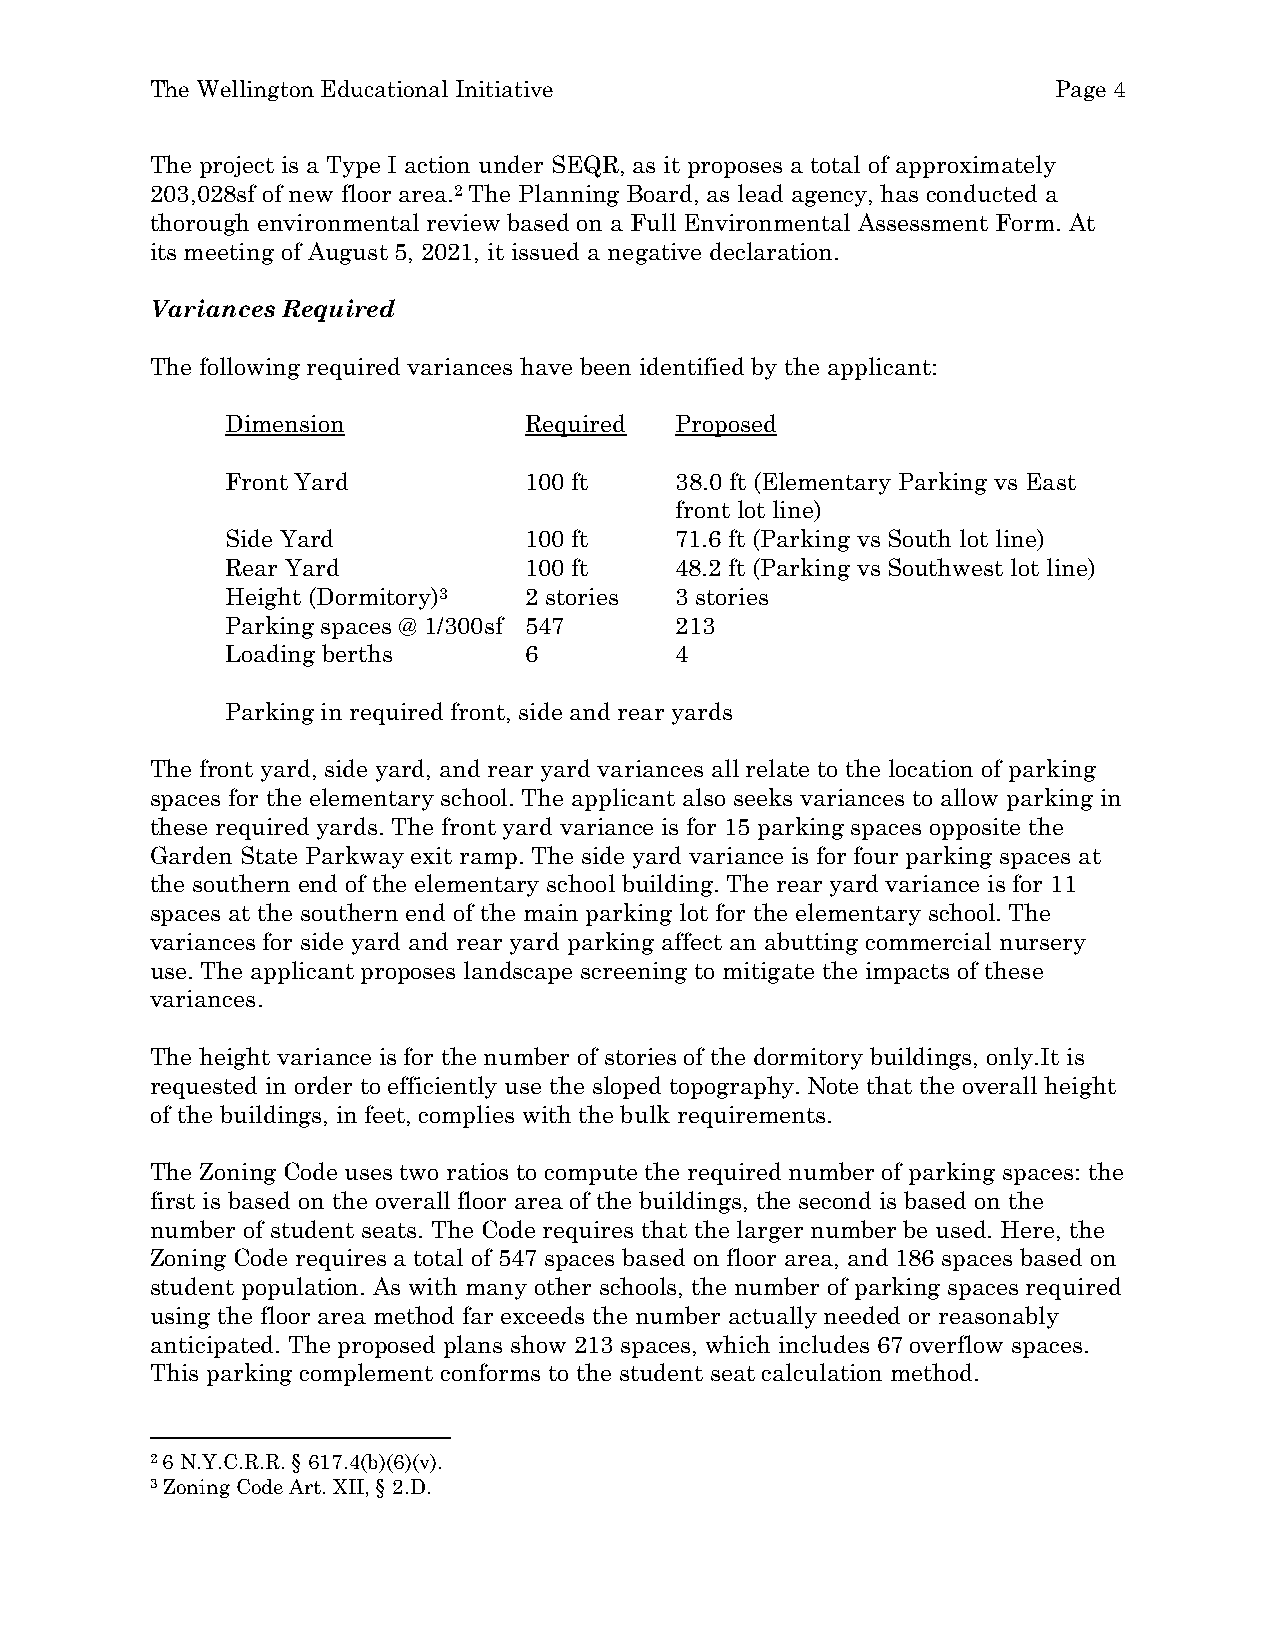
The Wellington Educational Initiative                       Page 4
 The project is a Type I action under SEQR, as it proposes a total of approximately
 203,028sf of new floor area.2 The Planning Board, as lead agency, has conducted a
 thorough environmental review based on a Full Environmental Assessment Form. At
 its meeting of August 5, 2021, it issued a negative declaration.
 Variances Required
 The following required variances have been identified by the applicant:
 Dimension           Required  Proposed
 Front Yard          100 ft    38.0 ft (Elementary Parking vs East
 front lot line)
 Side Yard           100 ft    71.6 ft (Parking vs South lot line)
 Rear Yard           100 ft    48.2 ft (Parking vs Southwest lot line)
 Height (Dormitory)3 2 stories 3 stories
 Parking spaces @ 1/300sf 547  213
 Loading berths      6         4
 Parking in required front, side and rear yards
 The front yard, side yard, and rear yard variances all relate to the location of parking
 spaces for the elementary school. The applicant also seeks variances to allow parking in
 these required yards. The front yard variance is for 15 parking spaces opposite the
 Garden State Parkway exit ramp. The side yard variance is for four parking spaces at
 the southern end of the elementary school building. The rear yard variance is for 11
 spaces at the southern end of the main parking lot for the elementary school. The
 variances for side yard and rear yard parking affect an abutting commercial nursery
 use. The applicant proposes landscape screening to mitigate the impacts of these
 variances.
 The height variance is for the number of stories of the dormitory buildings, only.It is
 requested in order to efficiently use the sloped topography. Note that the overall height
 of the buildings, in feet, complies with the bulk requirements.
 The Zoning Code uses two ratios to compute the required number of parking spaces: the
 first is based on the overall floor area of the buildings, the second is based on the
 number of student seats. The Code requires that the larger number be used. Here, the
 Zoning Code requires a total of 547 spaces based on floor area, and 186 spaces based on
 student population. As with many other schools, the number of parking spaces required
 using the floor area method far exceeds the number actually needed or reasonably
 anticipated. The proposed plans show 213 spaces, which includes 67 overflow spaces.
 This parking complement conforms to the student seat calculation method.
 2 6 N.Y.C.R.R. § 617.4(b)(6)(v).
 3 Zoning Code Art. XII, § 2.D.